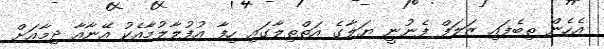
އެހެން ތިބެފައި ޒަލަފް ފެނުނީ ޔަލާގެ އަތްތިލާގައި ހިފާ އުފުލާލުމާއެކު އޭނާއާ ދިމާއަށް